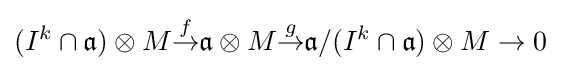
(I^{k}\cap {\mathfrak {a}})\otimes M{\overset {f}{\to }}{\mathfrak {a}}\otimes M{\overset {g}{\to }}{\mathfrak {a}}/(I^{k}\cap {\mathfrak {a}})\otimes M\to 0